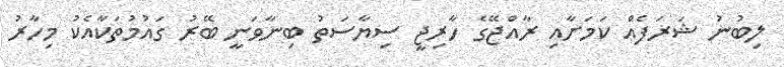
ލިބުނު ޝަރަފެއް ކަމަށާއި ރާއްޖޭގެ ހާރިޖީ ސިޔާސަތު ބިނާވަނީ ބޭރު ގައުމުތަކާއެކު މިހާރު